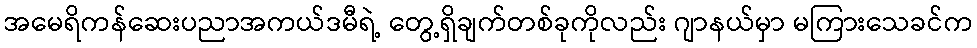
အမေရိကန်ဆေးပညာအကယ်ဒမီရဲ့ တွေ့ရှိချက်တစ်ခုကိုလည်း ဂျာနယ်မှာ မကြားသေခင်က